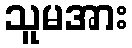
သူမအား